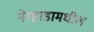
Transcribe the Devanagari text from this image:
नेव्हाडामधील